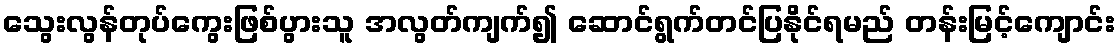
သွေးလွန်တုပ်ကွေးဖြစ်ပွားသူ အလွတ်ကျက်၍ ဆောင်ရွက်တင်ပြနိုင်ရမည် တန်းမြင့်ကျောင်း